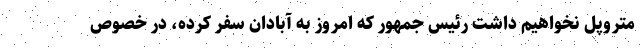
متروپل نخواهیم داشت رئیس جمهور که امروز به آبادان سفر کرده، در خصوص